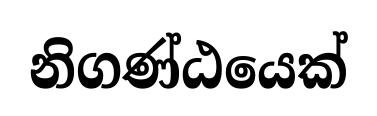
නිගණ්ඨයෙක්